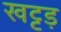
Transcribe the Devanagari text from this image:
खट्टड़